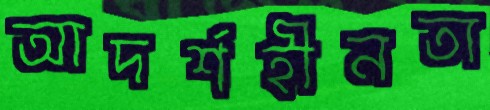
আদর্শহীনতা